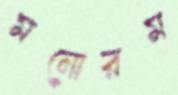
মনোরম